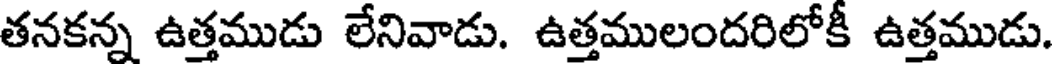
తనకన్న ఉత్తముడు లేనివాడు. ఉత్తములందరిలోకీ ఉత్తముడు.